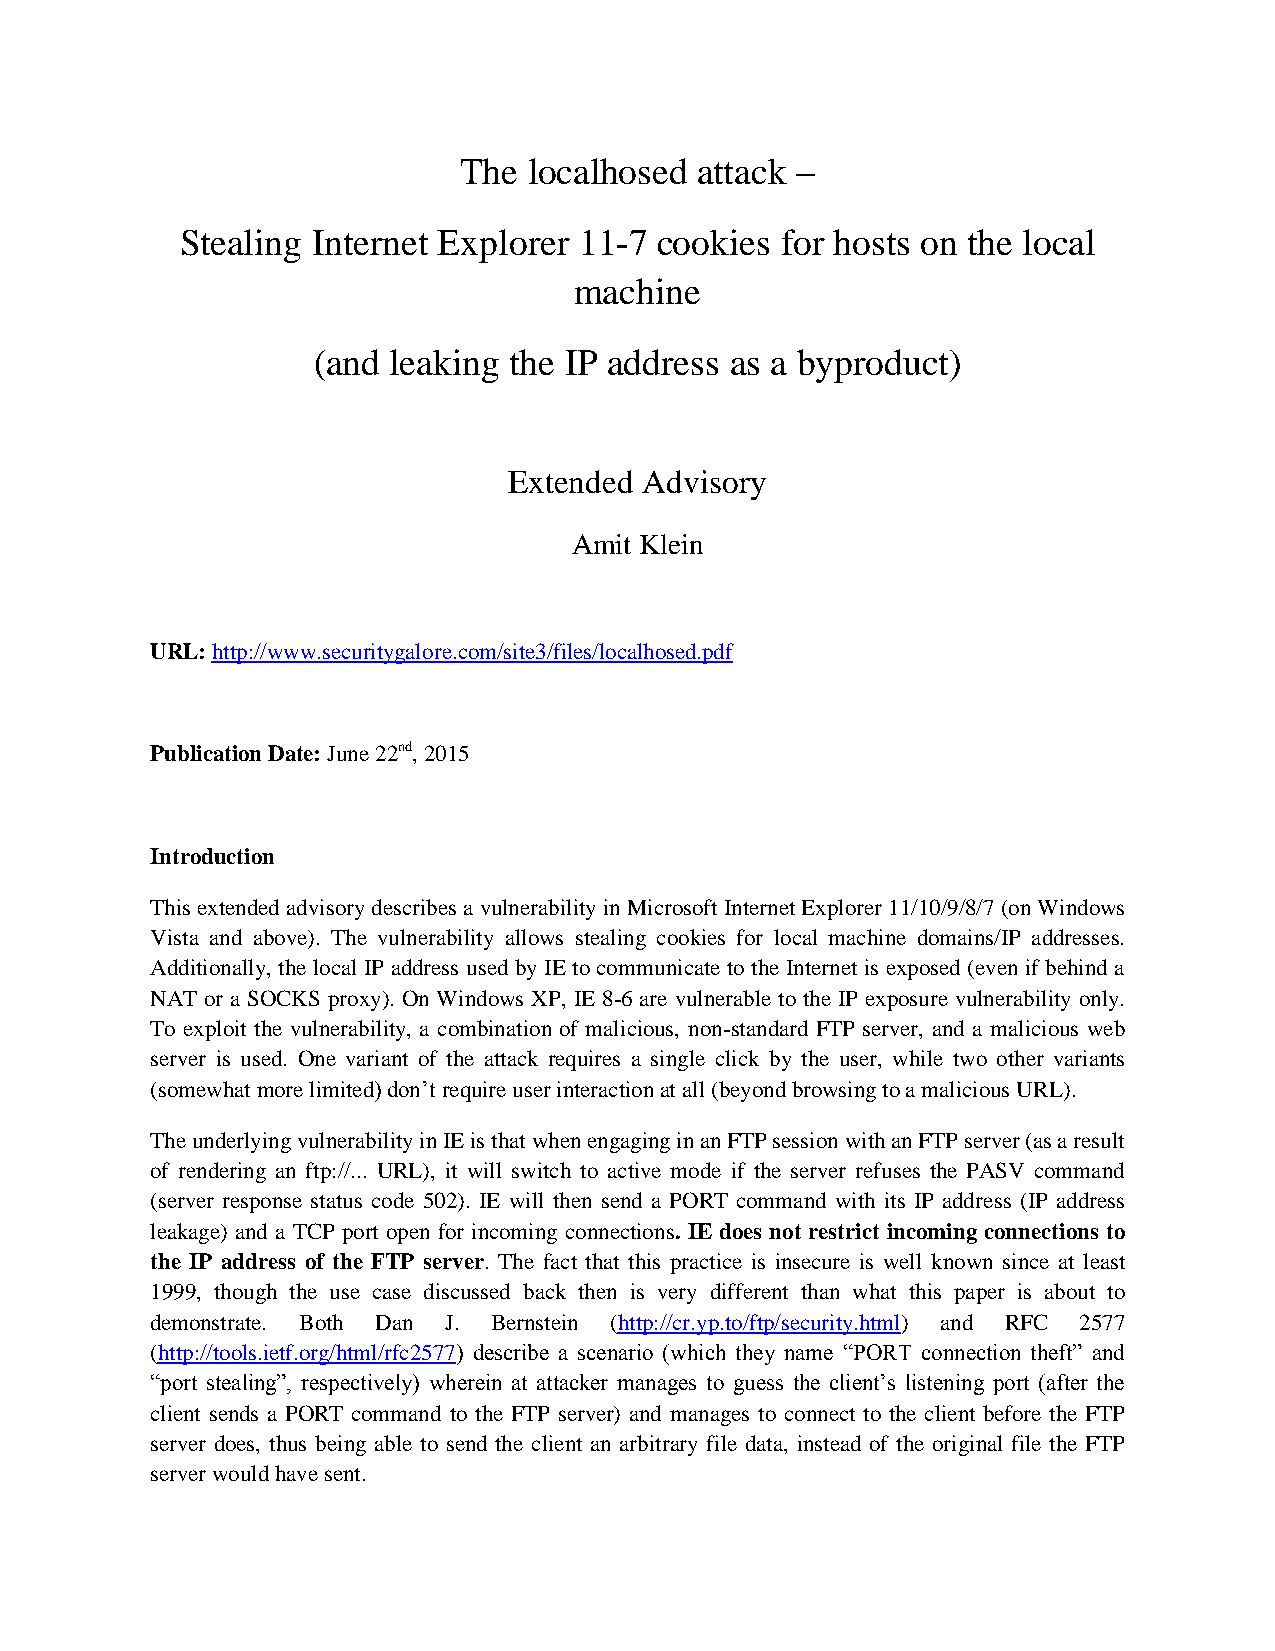
The  localhosed attack –
 Stealing Internet Explorer 11-7 cookies for hosts on the local
 machine
 (and leaking the IP address as a byproduct)
 Extended Advisory
 Amit Klein
 URL: http://www.securitygalore.com/site3/files/localhosed.pdf
 Publication Date: June 22nd, 2015
 Introduction
 This extended advisory describes a vulnerability in Microsoft Internet Explorer 11/10/9/8/7 (on Windows
 Vista and above). The vulnerability allows stealing cookies for local machine domains/IP addresses.
 Additionally, the local IP address used by IE to communicate to the Internet is exposed (even if behind a
 NAT or a SOCKS proxy). On Windows XP, IE 8-6 are vulnerable to the IP exposure vulnerability only.
 To exploit the vulnerability, a combination of malicious, non-standard FTP server, and a malicious web
 server is used. One variant of the attack requires a single click by the user, while two other variants
 (somewhat more limited) don’t require user interaction at all (beyond browsing to a malicious URL).
 The underlying vulnerability in IE is that when engaging in an FTP session with an FTP server (as a result
 of rendering an ftp://... URL), it will switch to active mode if the server refuses the PASV command
 (server response status code 502). IE will then send a PORT command with its IP address (IP address
 leakage) and a TCP port open for incoming connections. IE does not restrict incoming connections to
 the IP address of the FTP server. The fact that this practice is insecure is well known since at least
 1999, though the use case discussed back then is very different than what this paper is about to
 demonstrate. Both Dan J. Bernstein (http://cr.yp.to/ftp/security.html) and RFC 2577
 (http://tools.ietf.org/html/rfc2577) describe a scenario (which they name “PORT connection theft” and
 “port stealing”, respectively) wherein at attacker manages to guess the client’s listening port (after the
 client sends a PORT command to the FTP server) and manages to connect to the client before the FTP
 server does, thus being able to send the client an arbitrary file data, instead of the original file the FTP
 server would have sent.